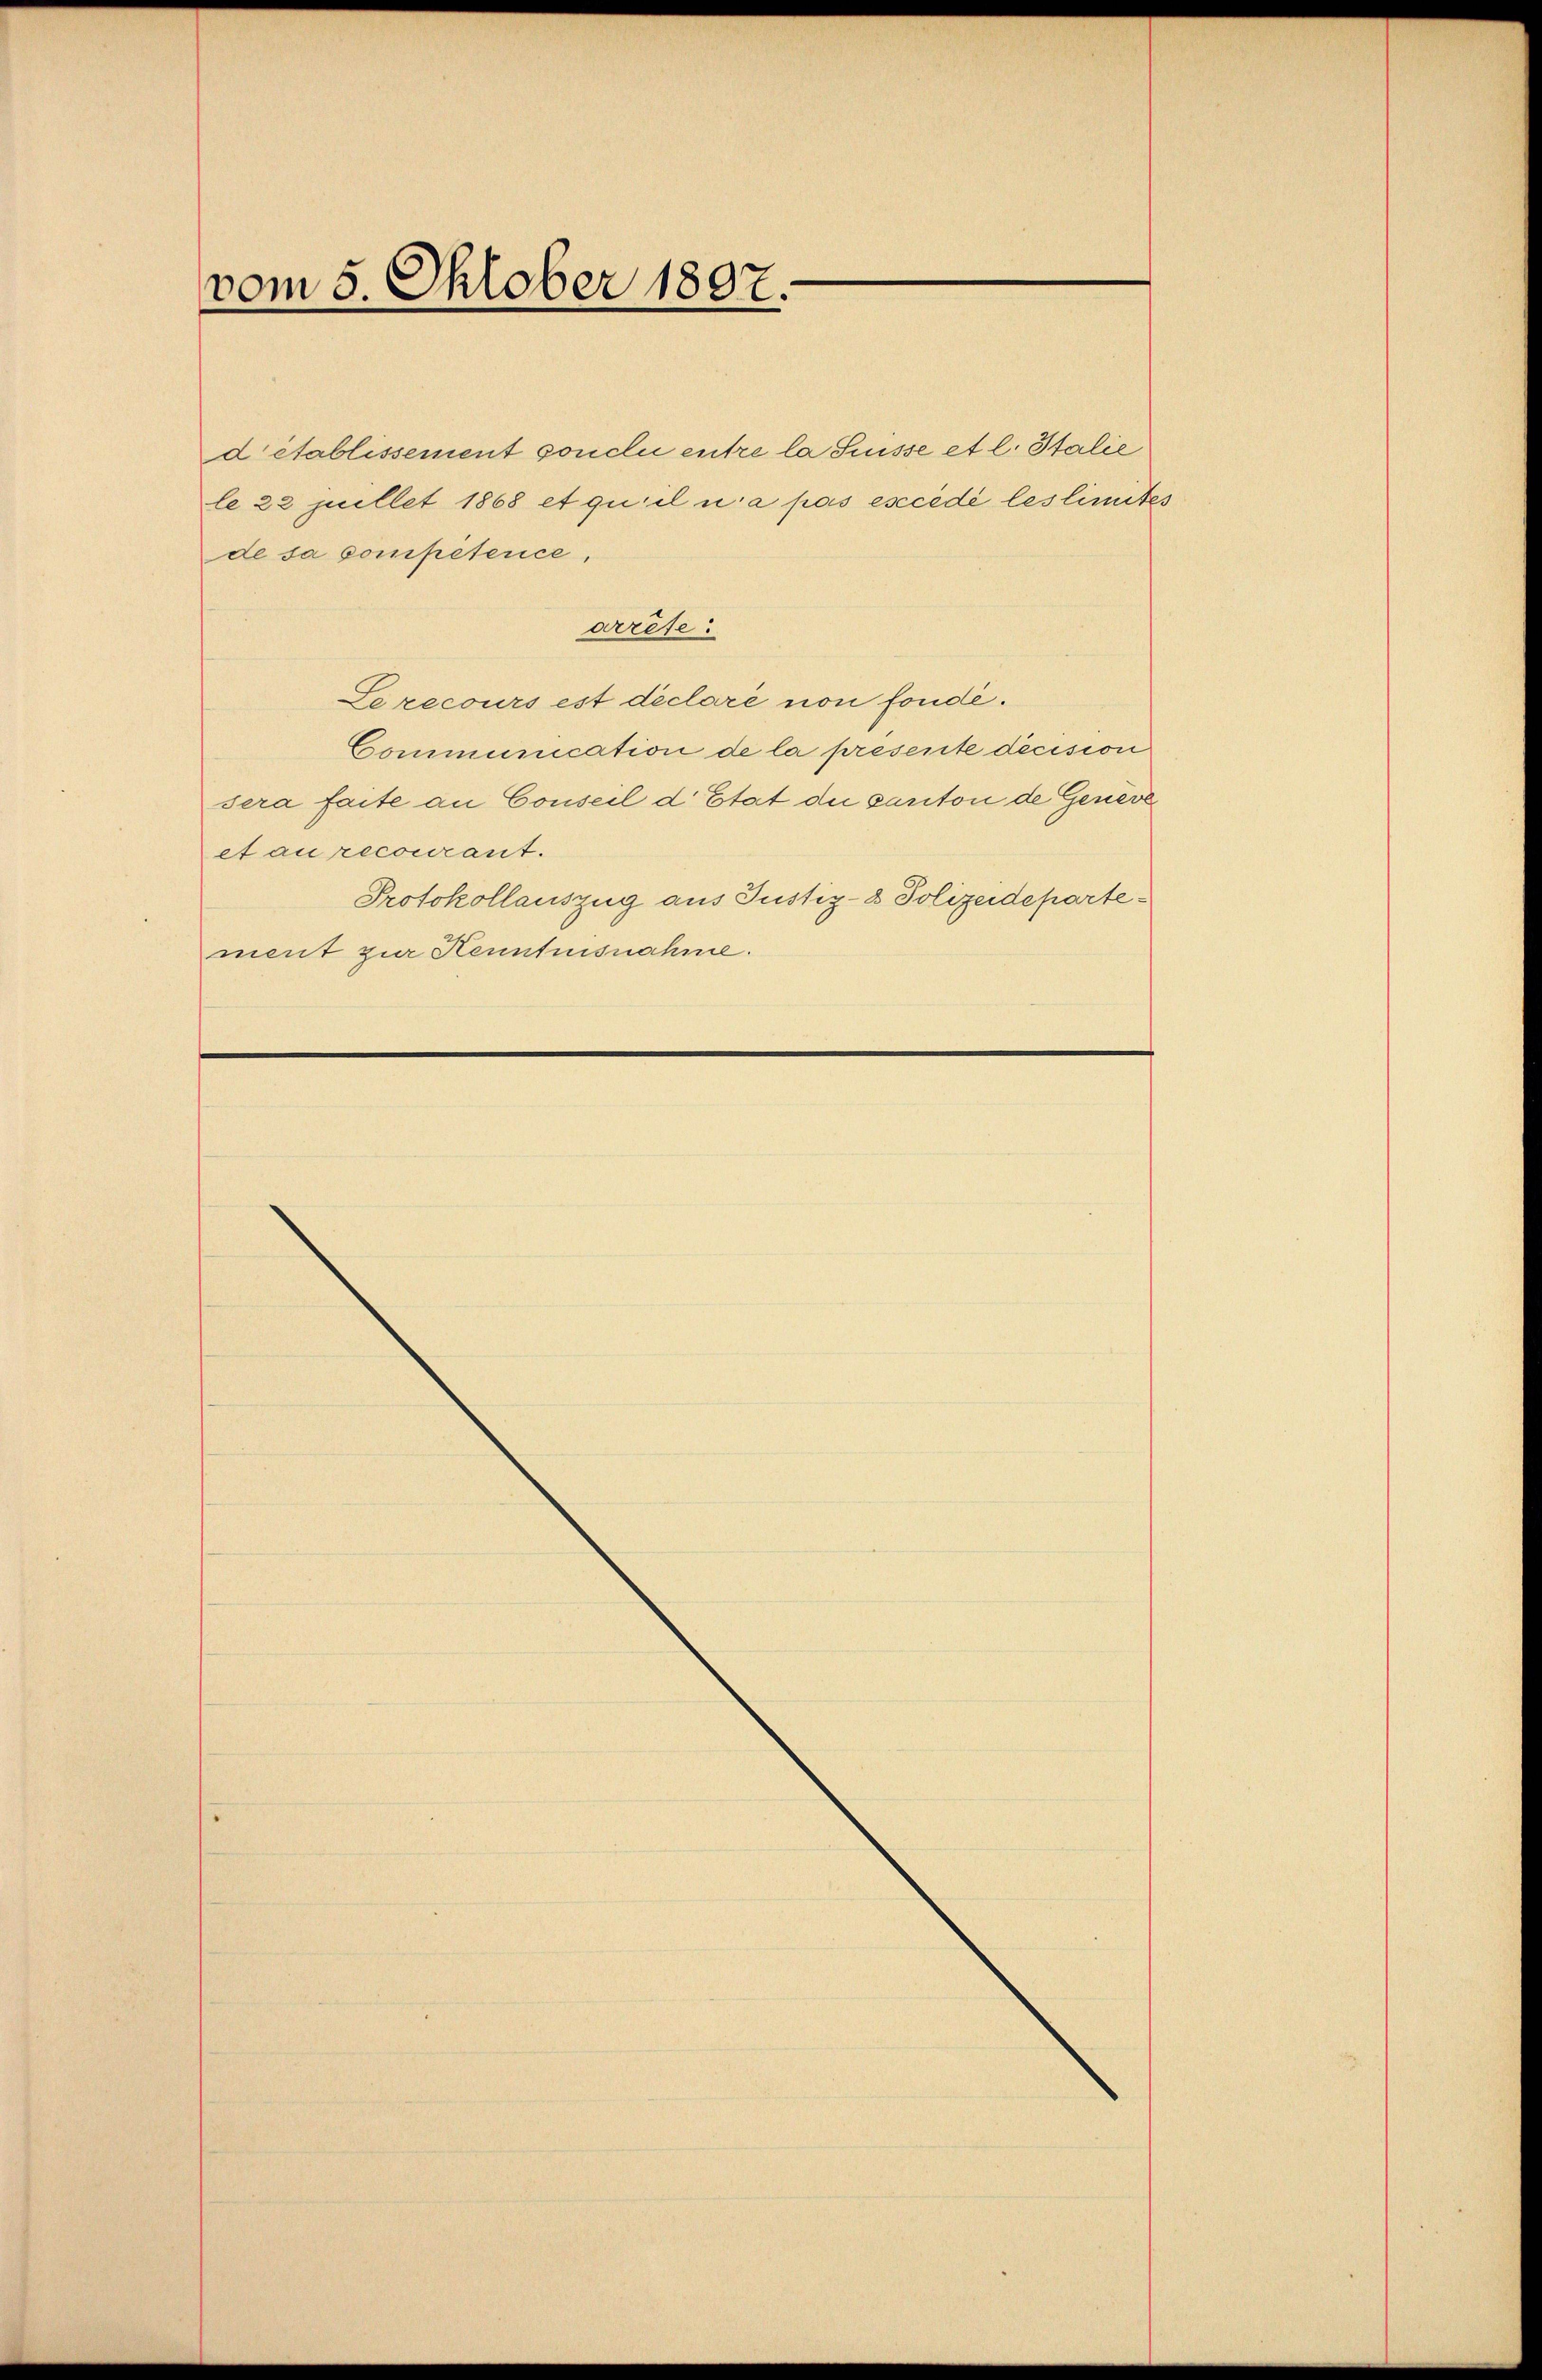
vom 5. Oktober 1807.

d établissement conclu entre la Suisse et l. Stalie
le 22 pullet 1868 et qu’il u. a pas escédé les limites
de sa compétence,
arrèse.
Le recours est déclaré non fonde.
Communication de la presente decision
sera faite an Conseil d’Etat die canton de Geneve
ctaurecourant.
Protokollauszug aus Justiz- & Polizeidepartement zur Kenntnisnahme.